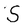
Character: S